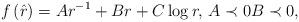
LaTeX: \begin{align*}f\left( \hat{r}\right) =Ar^{-1}+Br+C\log r,\,A\prec 0B\prec 0,\end{align*}